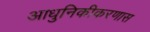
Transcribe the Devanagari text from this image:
आधुनिकीकरणास